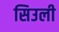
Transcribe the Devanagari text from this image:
सिउली